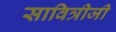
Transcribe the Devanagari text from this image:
सावित्रीजी